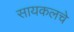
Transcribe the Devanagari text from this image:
सायकलचे